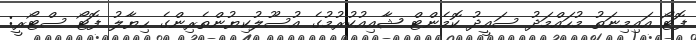
ފޮޓޯ އައިމިނަތު މުހައްމަދު ސައީދު ކޮމެންޓް ޝާއިއުކުރުމުގެ އުސޫލުކިޔުންތެރިންގެ ހިޔާލު ފޮޓޯ ސްޓޯރީ: